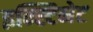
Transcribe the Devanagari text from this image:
इन्स्टिनेट